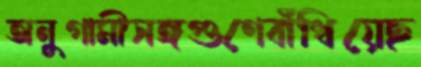
অনুগামীসঙ্গগুণেবাঁধিয়েছ